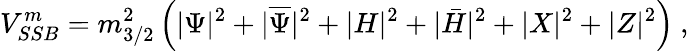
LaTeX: V_{SSB}^{m}=m_{3/2}^{2}\left(|\Psi|^{2}+|\overline{{{\Psi}}}|^{2}+|H|^{2}+|\bar{H}|^{2}+|X|^{2}+|Z|^{2}\right)~,